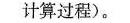
计算过程)。